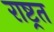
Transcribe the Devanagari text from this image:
राष्ट्रत